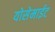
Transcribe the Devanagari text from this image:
योसेमाईट